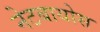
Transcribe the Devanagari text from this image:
नेटबायोस